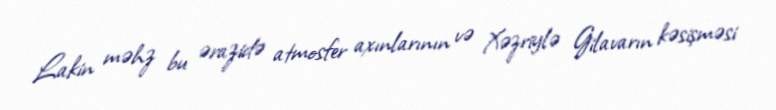
Lakin məhz bu ərazidə atmosfer axınlarının və Xəzriylə Gilavarın kəsişməsi